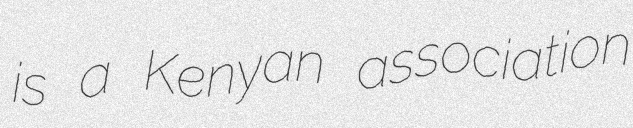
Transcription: is a Kenyan association